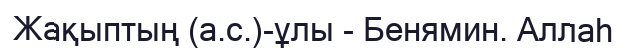
Жақыптың (а.с.)-ұлы - Бенямин. Аллаһ